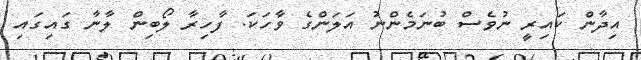
އިދާން ކައިރީ ނުވެސް ބުނަމެންނު އަލަންގެ ވާހަކަ. ފާހިރާ ލޯބިން ލާނާ ގައިގައި